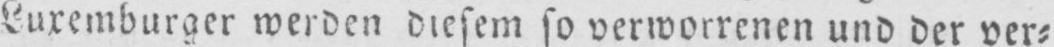
Luxemburger werden diesem so verworrenen und der ver⸗